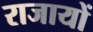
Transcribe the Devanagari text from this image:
राजायों